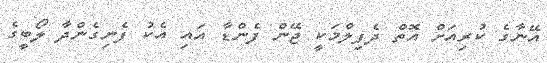
އޭނާގެ ކުރިއަށް އޮތް ދެފިލްމަކީ ޖޭން ފެންޑާ އައި އެކު ފެނިގެންދާ ލޯބީގެ